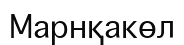
Марнқакөл